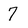
Character: 7